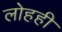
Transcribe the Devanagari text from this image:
लोहही